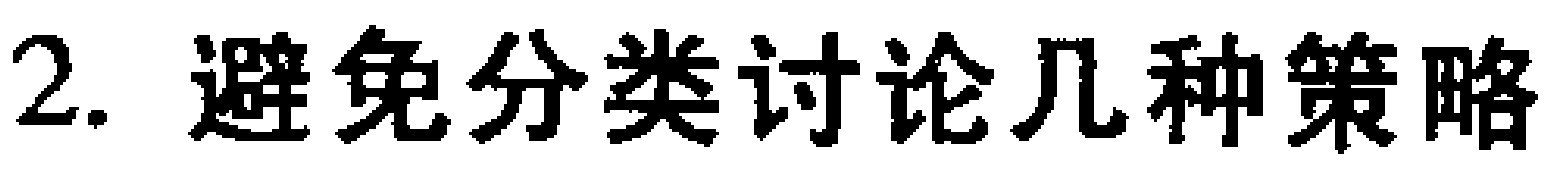
2. 避免分类讨论几种策略